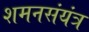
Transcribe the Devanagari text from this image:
शमनसंयंत्र